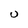
Character: U